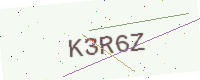
Text: K3R6Z